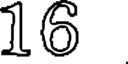
16